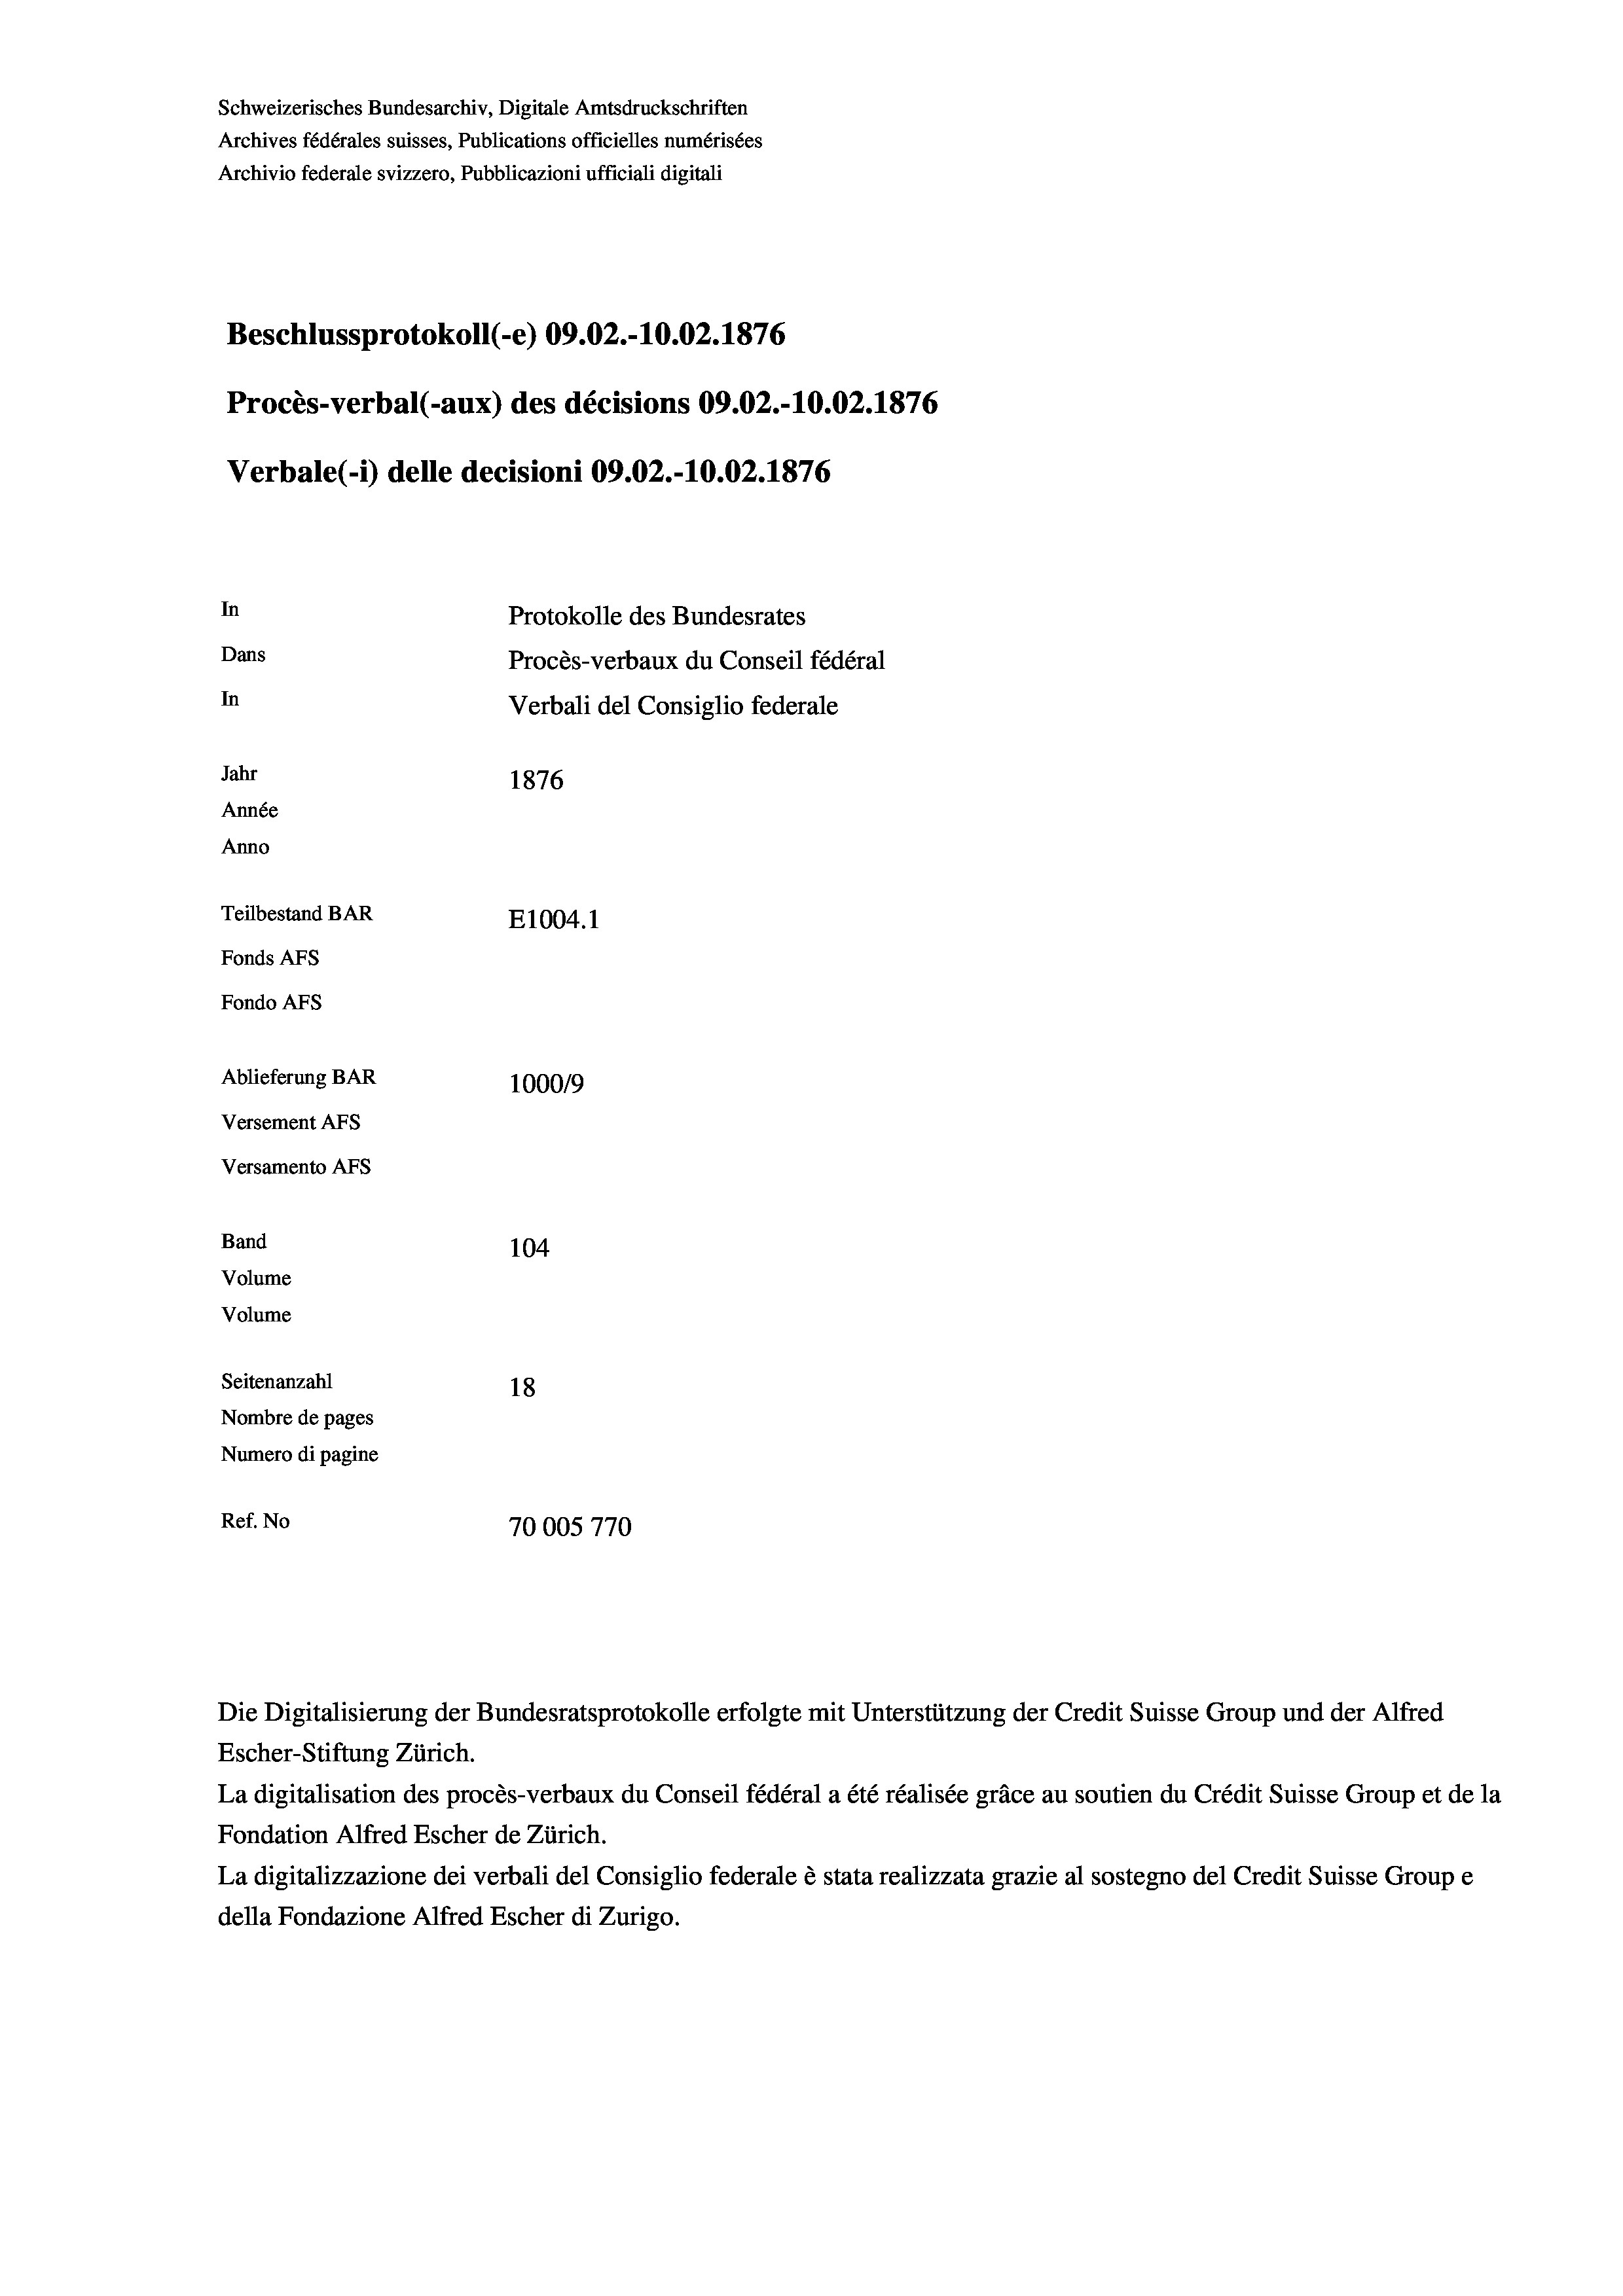
Schweizerisches Bundesarchiv, Digitale Amtsdruckschriften
Archives fédérales suisses, Publications officielles numérisées
Archivio federale svizzero, Pubblicazioni ufficiali digitali
Beschlussprotokoll (-e) 09.02.-10.02. 1876
Procès-verbal (-aux) des décisions 09.02.-10.02. 1876
Verbale (i) delle decisioni 09.02.-10.02. 1876
In
Protokolle des Bundesrates
Dans
Procès-verbaux du Conseil fédéral
In
Verbali del Consiglio federale
Jahr
1876
Année
Anno
Teilbestand BAR
E1004.1
Fonds AFs
Fondo Afs
Ablieferung BAR
100019
Versement AFs

Versamento AFS
Band
Volume
Volume

104
Seitenanzahl
18
Nombre de pages
Numero di pagine
Ref. No
70005770

Escher-Stiftung Zürich.
La digitalisation des procès-verbaux du Conseil fédéral a été réalisée gräce au soutien du Crédit Suisse Group et de la
Fondation Alfred Escher de Zürich.
La digitalizzazione dei verbali del Consiglio federale è stata realizzata grazie al sostegno del Credit Suisse Groupe
della Fondazione Alfred Escher di Zurigo.

Die Digitalisierung der Bundesratsprotokolle erfolgte mit Unterstützung der Credit Suisse Group und der Alfred